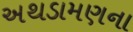
અથડામણના